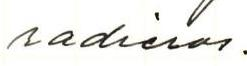
radieras.